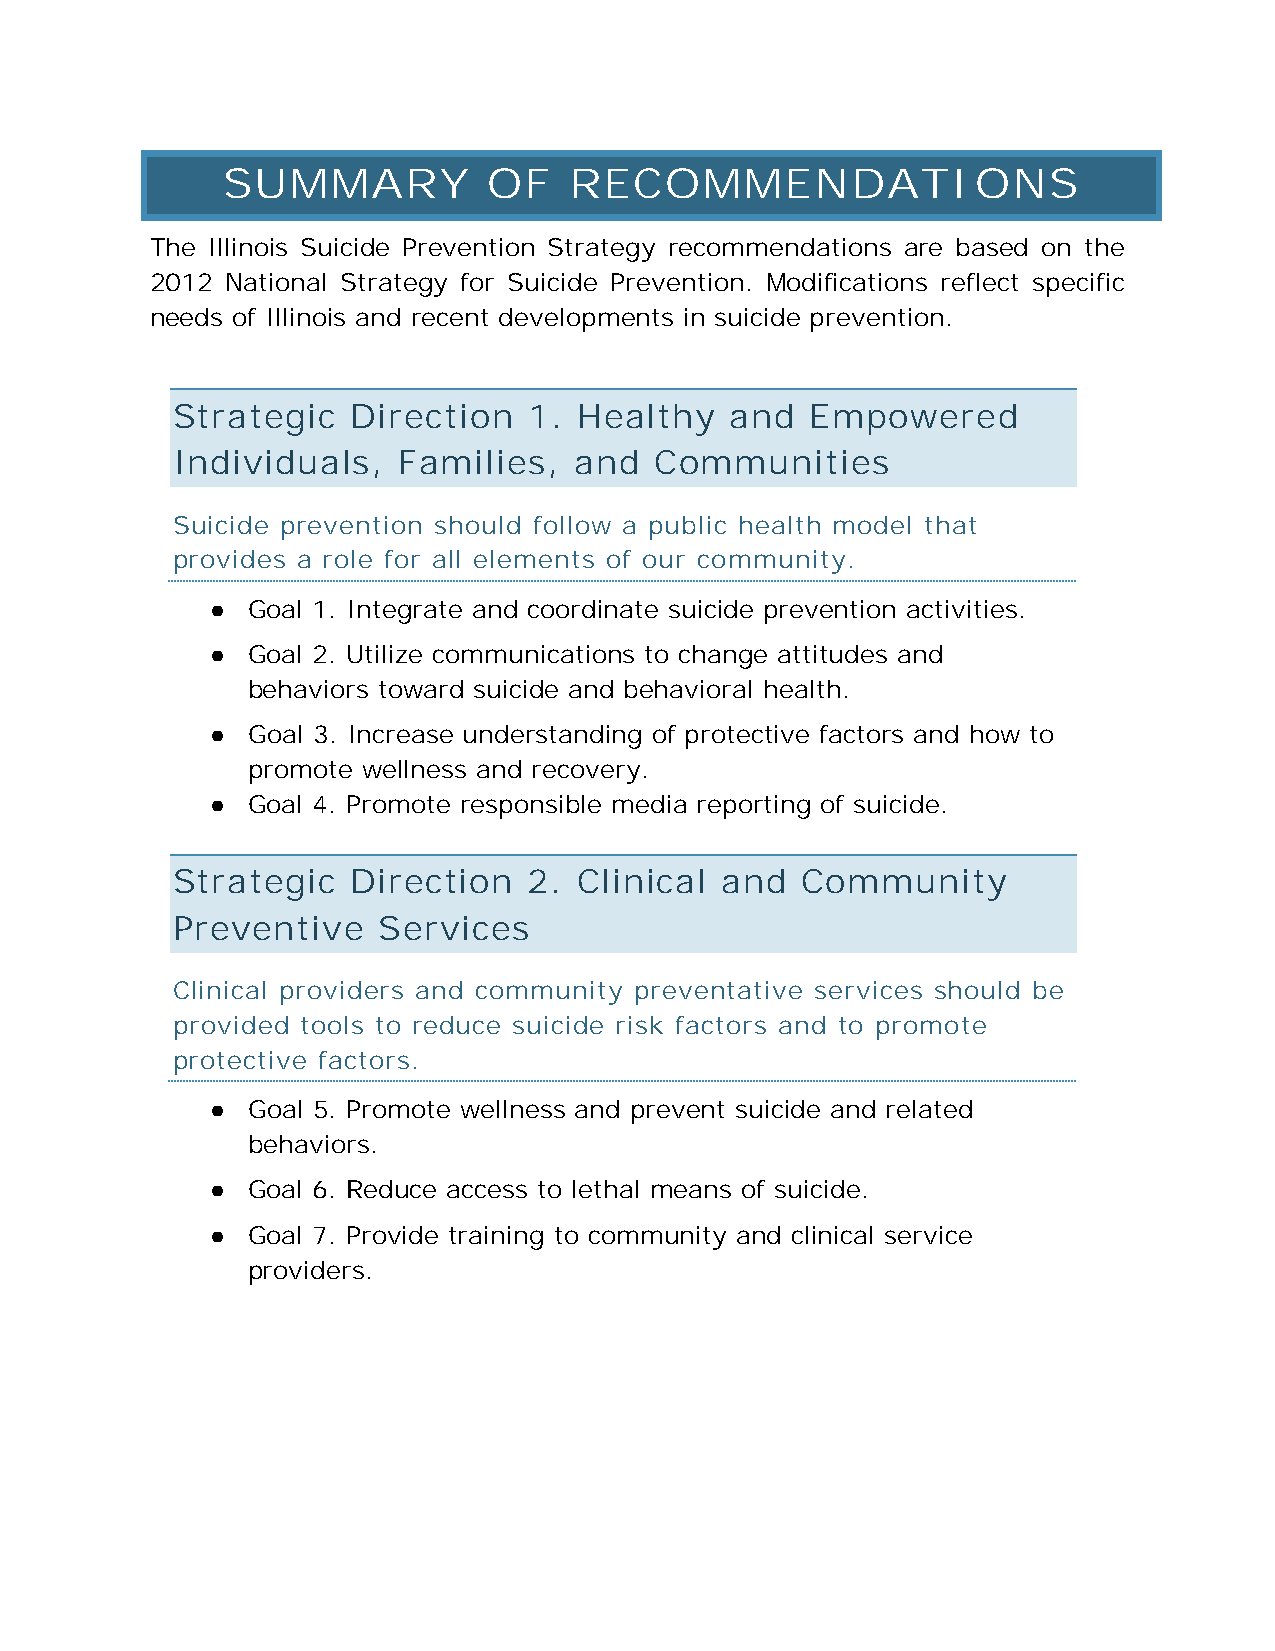
SUMMARY          OF    RECOMMENDATIONS
 The Illinois Suicide Prevention Strategy recommendations are based on the
 2012 National Strategy for Suicide Prevention. Modifications reflect specific
 needs of Illinois and recent developments in suicide prevention.
 Strategic   Direction   1. Healthy   and   Empowered
 Individuals,   Families,   and  Communities
 Suicide prevention should follow a public health model that
 provides a role for all elements of our community.
 ● Goal 1. Integrate and coordinate suicide prevention activities.
 ● Goal 2. Utilize communications to change attitudes and
 behaviors toward suicide and behavioral health.
 ● Goal 3. Increase understanding of protective factors and how to
 promote wellness and recovery.
 ● Goal 4. Promote responsible media reporting of suicide.
 Strategic   Direction   2. Clinical  and  Community
 Preventive    Services
 Clinical providers and community preventative services should be
 provided tools to reduce suicide risk factors and to promote
 protective factors.
 ● Goal 5. Promote wellness and prevent suicide and related
 behaviors.
 ● Goal 6. Reduce access to lethal means of suicide.
 ● Goal 7. Provide training to community and clinical service
 providers.